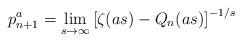
LaTeX: \begin{align*}p_{n+1}^a = \lim_{s\to\infty} \left[\zeta(as)-Q_n(as)\right]^{-1/s}\end{align*}